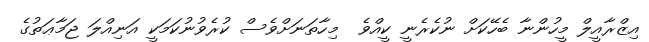
އިޒްރާއީލް މީހުންނާ ބެހޭކަށް ނުކެރެނީ ކީއްވެ  މިހާތަނަށްވެސް ކުރެވުނުކަމަކީ އަނިއްލަ ޖަމާޢަތުގެ